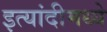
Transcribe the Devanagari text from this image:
इत्यांदीमध्ये